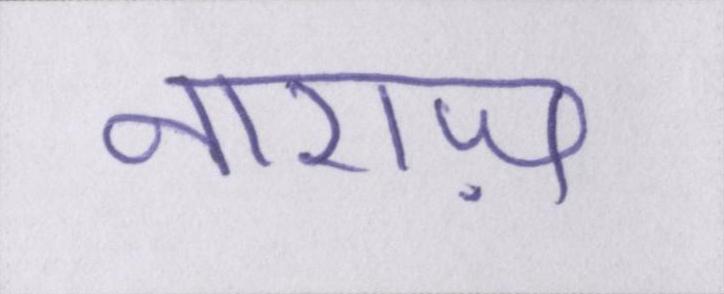
नाराज़